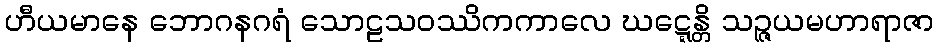
ဟီယမာနေ ဘောဂနဂရံ သောဠသဝဿိကကာလေ ဃဋ္ဋေန္တိ သဉ္ဇယမဟာရာဇာ